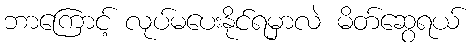
ဘာကြောင့် လုပ်မပေးနိုင်ရမှာလဲ မိတ်ဆွေရယ်